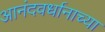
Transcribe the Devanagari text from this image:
आनंदवर्धानाच्या